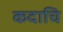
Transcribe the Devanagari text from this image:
कदाचि